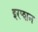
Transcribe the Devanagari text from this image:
इरप्शन